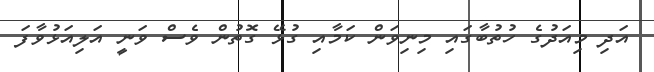
އަދި މިއަދުގެ ހުތުބާގައި މިނިވަން ކަމާއި ގުޅޭ ގޮތުން ވެސް ވަނީ އަލިއަޅުވާފަ